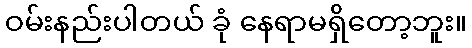
ဝမ်းနည်းပါတယ် ခုံ နေရာမရှိတော့ဘူး။